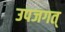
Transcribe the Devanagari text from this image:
उपजगत्